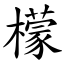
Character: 檬